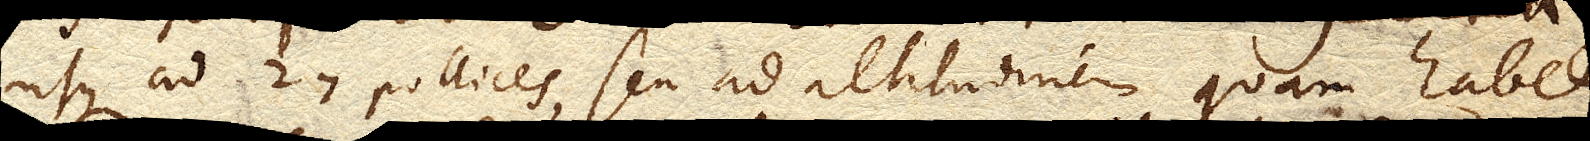
usque ad 27. pollices, seu ad altitudinem quam habet